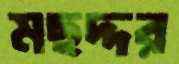
মছদ্দর